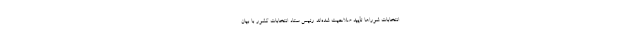
انتخابات شوراها تأیید صلاحیت شده‌اند رئیس ستاد انتخابات کشور با بیان